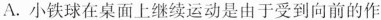
A.小铁球在桌面上继续运动是由于受到向前的作